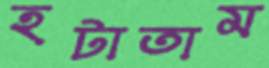
হটাতাম